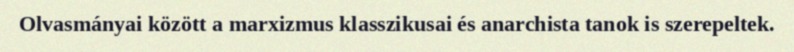
Olvasmányai között a marxizmus klasszikusai és anarchista tanok is szerepeltek.